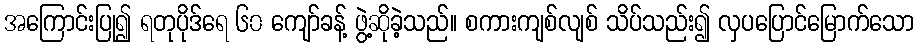
အကြောင်းပြု၍ ရတုပိုဒ်ရေ ၆၀ ကျော်ခန့် ဖွဲ့ဆိုခဲ့သည်။ စကားကျစ်လျစ် သိပ်သည်း၍ လှပပြောင်မြောက်သော